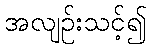
အလျဉ်းသင့်၍